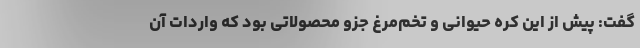
گفت: پیش از این کره حیوانی و تخم‌مرغ جزو محصولاتی بود که واردات آن